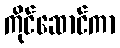
ကိုင်ဆောင်ကာ